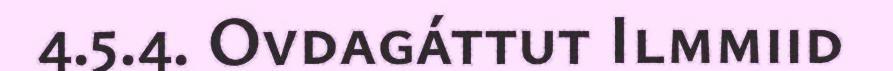
4.5.4. Ovdagáttut Ilmmiid